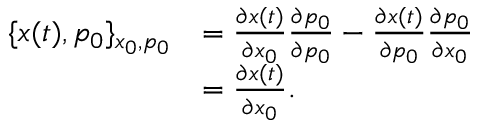
\begin{array} { r l } { \{ x ( t ) , p _ { 0 } \} _ { x _ { 0 } , p _ { 0 } } } & { = \frac { \partial x ( t ) } { \partial x _ { 0 } } \frac { \partial p _ { 0 } } { \partial p _ { 0 } } - \frac { \partial x ( t ) } { \partial p _ { 0 } } \frac { \partial p _ { 0 } } { \partial x _ { 0 } } } \\ & { = \frac { \partial x ( t ) } { \partial x _ { 0 } } . } \end{array}